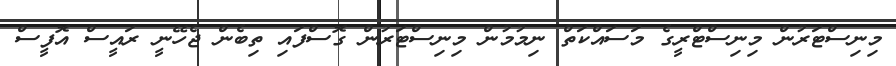
މިނިސްޓަރުން މިނިސްޓްރީގެ މަސައްކަތް ނިމުމުން މިނިސްޓަރުން ގޮސްފައި ތިބެން ޖެހޭނީ ރައީސް އޮފީސް